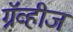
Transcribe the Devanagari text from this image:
ग्रॅव्हीज